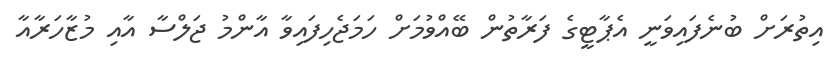
އިތުރަށް ބުނެފައިވަނީ އެޕާޓީގެ ފަރާތުން ބޭއްވުމަށް ހަމަޖެހިފައިވާ އާންމު ޖަލްސާ އާއި މުޒާހަރާއާ